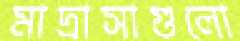
মাদ্রাসাগুলো